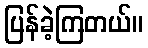
ပြန်ခဲ့ကြတယ်။